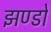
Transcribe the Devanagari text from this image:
झण्डो